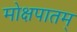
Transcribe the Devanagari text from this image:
मोक्षपातम्